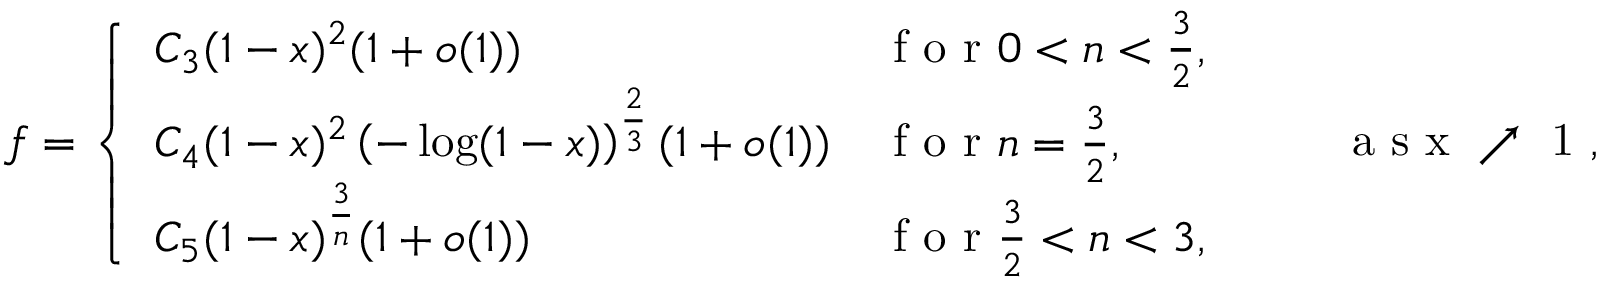
f = \left\{ \begin{array} { l l } { C _ { 3 } ( 1 - x ) ^ { 2 } ( 1 + o ( 1 ) ) } & { \mathrm { ~ f ~ o ~ r ~ } 0 < n < \frac 3 2 , } \\ { C _ { 4 } ( 1 - x ) ^ { 2 } \left( - \log ( 1 - x ) \right) ^ { \frac 2 3 } ( 1 + o ( 1 ) ) } & { \mathrm { ~ f ~ o ~ r ~ } n = \frac 3 2 , } \\ { C _ { 5 } ( 1 - x ) ^ { \frac 3 n } ( 1 + o ( 1 ) ) } & { \mathrm { ~ f ~ o ~ r ~ } \frac 3 2 < n < 3 , } \end{array} \right. \qquad \mathrm { ~ a ~ s ~ x ~ \nearrow ~ 1 ~ , ~ }